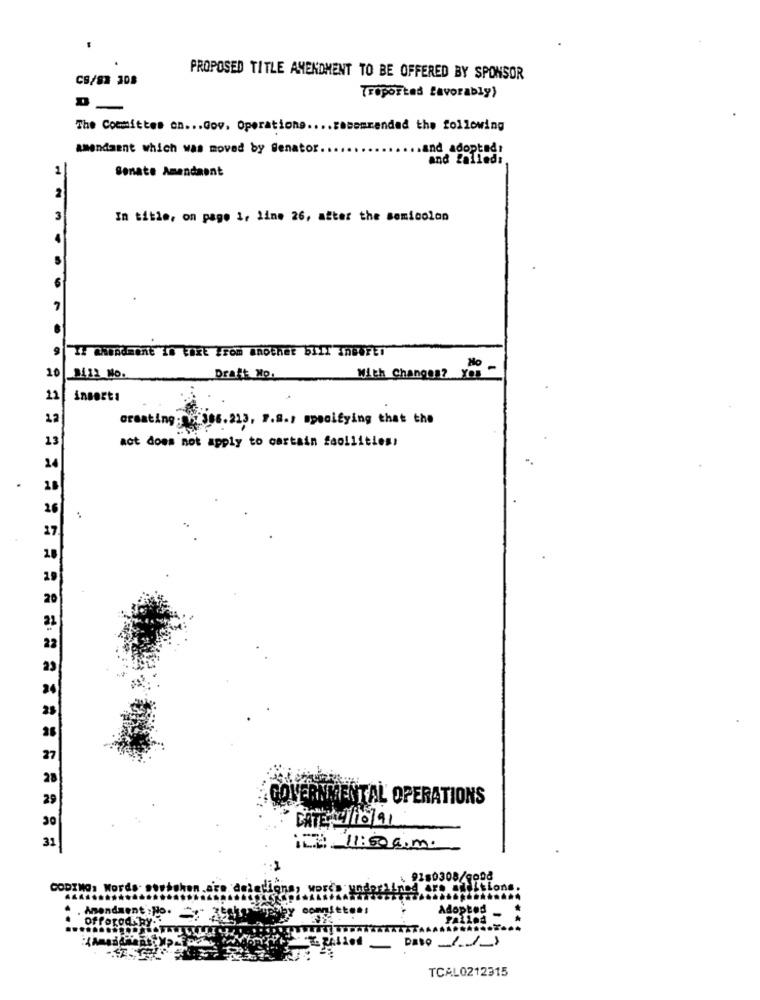
CS/82 308
PROPOSED TITLE AMENDMENT TO BE OFFERED BY SPONSOR
Troported favorably)
The Committee on ... Gov. Operations.
.tobemrandad the following
amendment which was moved by Senator
and adopted
and falled:
1
Bonate Amandaent
2
3
In title, on page 1, line 26, after the semicolon
TH CheAdmont 18 Eokt From another bIIT InENFEI
10
No
-
8412 MO.
Draft No.
With Changes? You
21
inserts
12
creating: 2386.213, 7.8.1 specifying that the
13
act does not apply to cartain faollities;
24
18
26
17.
19
GOVERNMENTAL OPERATIONS
DATE: 1/10/91
180308/gond
CODINO, Words.
. Amendment : No.
Adopted
offorod hy ..
Date)
TCAL0212315